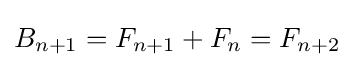
B_{n+1}=F_{n+1}+F_{n}=F_{n+2}